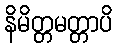
နိမိတ္တမတ္တာပိ